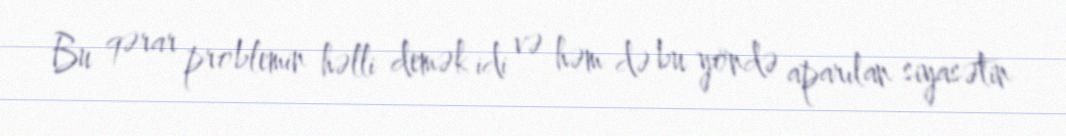
Bu qərar problemin həlli demək idi və həm də bu yöndə aparılan siyasətin